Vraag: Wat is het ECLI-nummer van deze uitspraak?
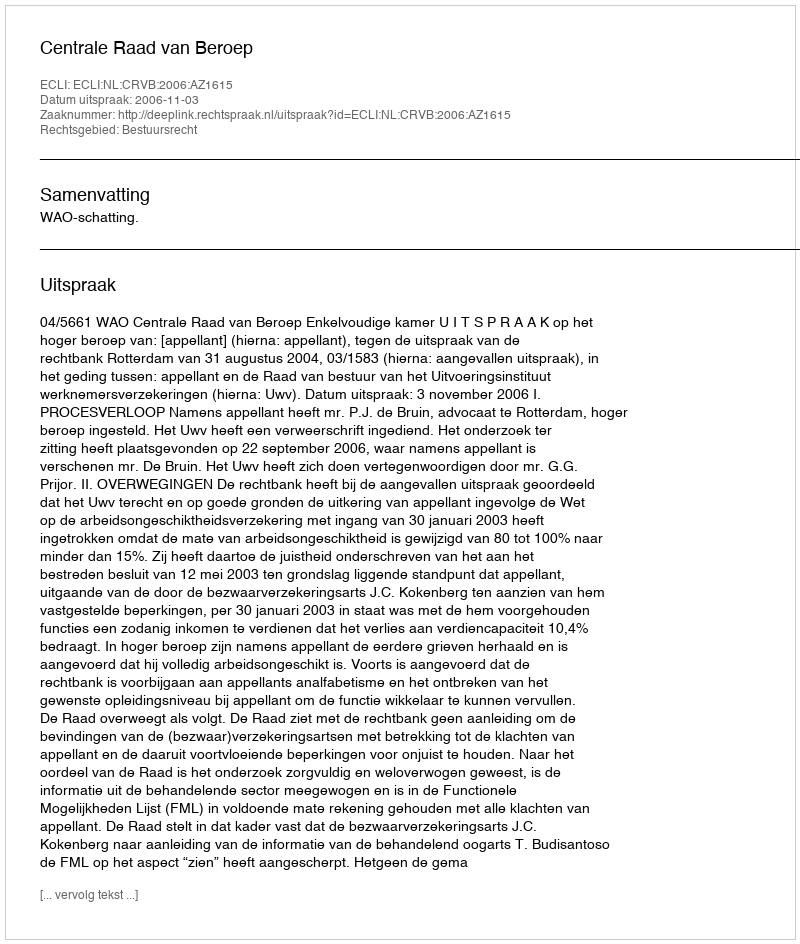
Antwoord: ECLI:NL:CRVB:2006:AZ1615